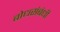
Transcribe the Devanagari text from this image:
बोधसंबंधी